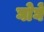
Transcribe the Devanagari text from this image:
घोघें